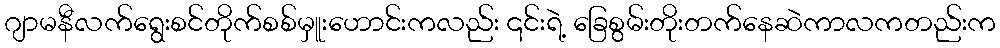
ဂျာမနီလက်ရွေးစင်တိုက်စစ်မှူးဟောင်းကလည်း ၎င်းရဲ့ ခြေစွမ်းတိုးတက်နေဆဲကာလကတည်းက